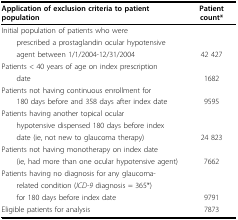
<table><thead><tr><td><b>Application of exclusion criteria to patient population</b></td><td><b>Patient count*</b></td></tr></thead><tbody><tr><td>Initial population of patients who were</td><td>[EMPTY_CELL]</td></tr><tr><td> prescribed a prostaglandin ocular hypotensive</td><td>[EMPTY_CELL]</td></tr><tr><td> agent between 1/1/2004-12/31/2004</td><td>42 427</td></tr><tr><td>Patients &lt; 40 years of age on index prescription</td><td>[EMPTY_CELL]</td></tr><tr><td> date</td><td>1682</td></tr><tr><td>Patients not having continuous enrollment for</td><td>[EMPTY_CELL]</td></tr><tr><td> 180 days before and 358 days after index date</td><td>9595</td></tr><tr><td>Patients having another topical ocular</td><td>[EMPTY_CELL]</td></tr><tr><td> hypotensive dispensed 180 days before index</td><td>[EMPTY_CELL]</td></tr><tr><td> date (ie, not new to glaucoma therapy)</td><td>24 823</td></tr><tr><td>Patients not having monotherapy on index date</td><td>[EMPTY_CELL]</td></tr><tr><td> (ie, had more than one ocular hypotensive agent)</td><td>7662</td></tr><tr><td>Patients having no diagnosis for any glaucoma-</td><td>[EMPTY_CELL]</td></tr><tr><td> related condition (<i>ICD-9 </i>diagnosis = 365*)</td><td>[EMPTY_CELL]</td></tr><tr><td> for 180 days before index date</td><td>9791</td></tr><tr><td>Eligible patients for analysis</td><td>7873</td></tr></tbody></table>